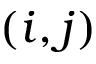
( i , j )